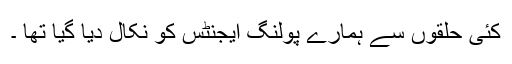
کئی حلقوں سے ہمارے پولنگ ایجنٹس کو نکال دیا گیا تھا ۔